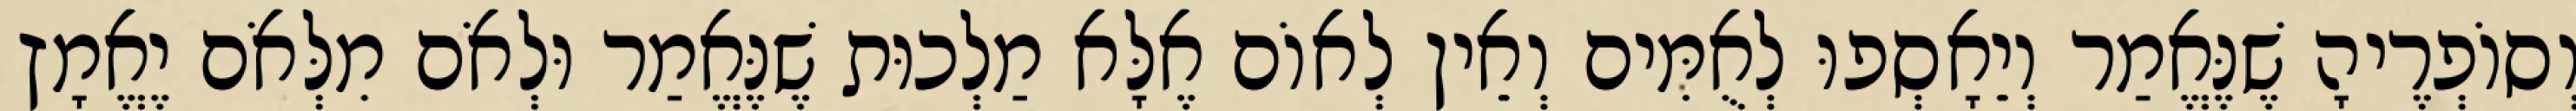
וְסוֹפְרֶיהָ שֶׁנֶּאֱמַר וְיֵאָסְפוּ לְאֻמִּים וְאֵין לְאוֹם אֶלָּא מַלְכוּת שֶׁנֶּאֱמַר וּלְאֹם מִלְּאֹם יֶאֱמָץ